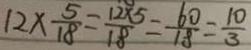
1 2 \times \frac { 5 } { 1 8 } = \frac { 1 2 \times 5 } { 1 8 } = \frac { 6 0 } { 1 8 } = \frac { 1 0 } { 3 }